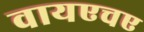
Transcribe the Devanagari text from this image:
वायएचए